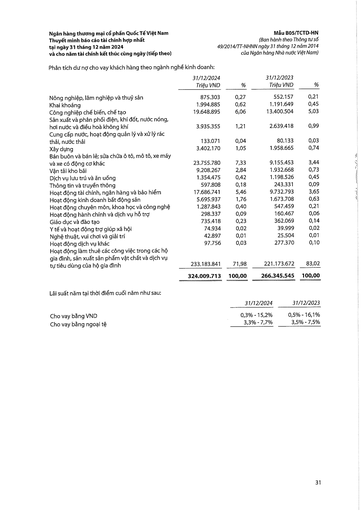
||31/12/2024 Triệu VND|%|31/12/2023 Triệu VND|%| |---|---|---|---|---| |Nông nghiệp, lâm nghiệp và thủy sản|875.303|0,27|552.157|0,21| |Khai khoáng|1.994.885|0,62|1.191.649|0,45| |Công nghiệp chế biến, chế tạo|19.648.895|6,06|13.400.504|5,03| |Sản xuất và phân phối điện, khí đốt, nước nóng, hơi nước và điều hòa không khí|3.935.355|1,21|2.639.418|0,99| |Cung cấp nước hoạt động quản lý và xử lý rác thải, nước thải|133.071|0,04|80.133|0,03| |Xây dựng|3.402.170|1,05|1.958.665|0,74| |Bán buôn và bán lẻ; sửa chữa ô tô, mô tô, xe máy và xe có động cơ khác|23.755.780|7,33|9.155.453|3,44| |Vận tải kho bãi|9.208.267|2,84|1.932.668|0,73| |Dịch vụ lưu trú và ăn uống|1.354.475|0,42|1.198.526|0,45| |Thông tin và truyền thông|597.808|0,18|243.331|0,09| |Hoạt động tài chính, ngân hàng và bảo hiểm|17.686.741|5,46|9.732.793|3,65| |Hoạt động kinh doanh bất động sản|5.695.937|1,76|1.673.708|0,63| |Hoạt động chuyên môn, khoa học và công nghệ|1.287.843|0,40|547.459|0,21| |Hoạt động hành chính và dịch vụ hỗ trợ|298.337|0,09|160.467|0,06| |Giáo dục và đào tạo|735.418|0,23|362.069|0,14| |Y tế và hoạt động trợ giúp xã hội|74.934|0,02|39.999|0,02| |Nghệ thuật, vui chơi và giải trí|42.897|0,01|25.504|0,01| |Hoạt động dịch vụ khác|97.756|0,03|277.370|0,10| |Hoạt động làm thuê các công việc trong các hộ gia đình, sản xuất sản phẩm vật chất và dịch vụ tự tiêu dùng của hộ gia đình|233.183.841|71,98|221.173.672|83,02| ||324.009.713|100,00|266.345.545|100,00| ||31/12/2024|31/12/2023| |---|---|---| |Cho vay bằng VND|0,3% - 15,2%|0,5% 16,1%| |Cho vay bằng ngoại tệ|3,3%-7,7%|3,5%-7,5%|